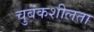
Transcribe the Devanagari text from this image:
चुबंकशीलता